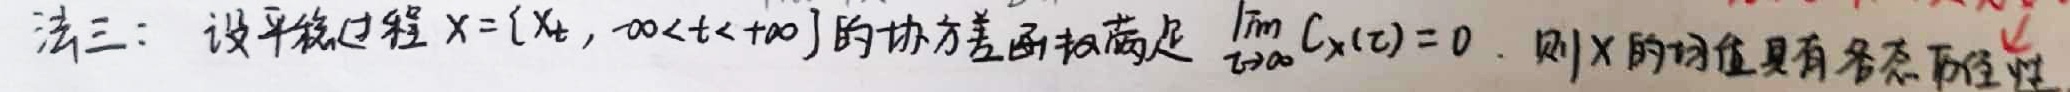
法三：设平稳过程$X = \{X_t, -\infty<t<+\infty\}$的协方差函数满足$\lim_{\tau\rightarrow\infty}C_X(\tau) = 0$. 则$X$的均值具有各态历经性.